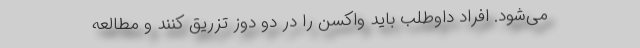
می‌شود. افراد داوطلب باید واکسن را در دو دوز تزریق کنند و مطالعه